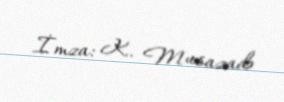
İmza: K. Musazadə